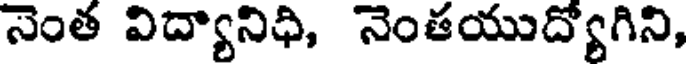
నెంత విద్యానిధి, నెంతయుద్యోగిని,